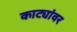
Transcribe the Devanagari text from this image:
काट्यांवर